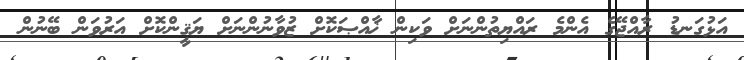
އަޅުގަނޑު ރާއްޖޭގެ އެންމެ ރައްޔިތުންނަށް ވަކިން ޚާއްޞަކޮށް ޒުވާނުންނަށް ޔަޤީންކޮށް އަރުވަން ބޭނުން